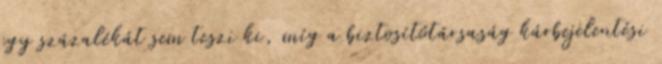
egy százalékát sem teszi ki, míg a biztosítótársaság kárbejelentési